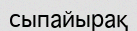
сыпайырақ